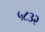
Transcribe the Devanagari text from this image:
५८३२